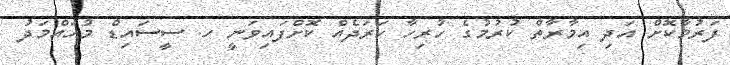
ފަރުމާކޮށް އަދި އިމާރާތް ކުރުމުގެ ހުރިހާ ހަރަދެއް ކޮށްފައިވަނީ ހ. ސީސައިޑް މުހައްމަދު